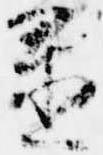
置